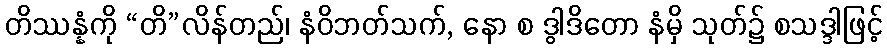
တိဿန္နံကို “တိ”လိန်တည်၊ နံဝိဘတ်သက်, နော စ ဒွါဒိတော နံမှိ သုတ်၌ စသဒ္ဒါဖြင့်